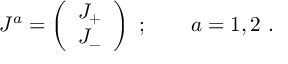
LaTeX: J ^ { a } = \left( \begin{array} { c } { { J _ { + } } } \\ { { J _ { - } } } \end{array} \right) \ ; \qquad a = 1 , 2 \ .